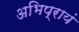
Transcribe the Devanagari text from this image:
अभिप्रायं